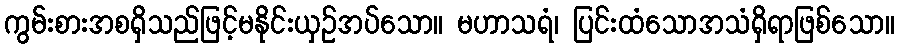
ကွမ်းစားအစရှိသည်ဖြင့်မနိုင်းယှဉ်အပ်သော။ မဟာသရံ၊ ပြင်းထံသောအသံရှိရာဖြစ်သော။